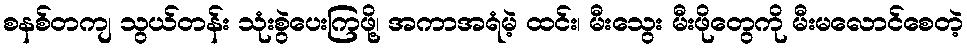
စနစ်တကျ သွယ်တန်း သုံးစွဲပေးကြဖို့၊ အကာအရံမဲ့ ထင်း၊ မီးသွေး မီးဖိုတွေကို မီးမလောင်စေတဲ့